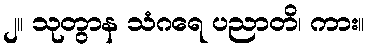
၂။ သုတွာန သံဂရေ ပညာတိ၊ ကား။